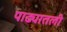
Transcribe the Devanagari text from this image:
पाढ्यातली